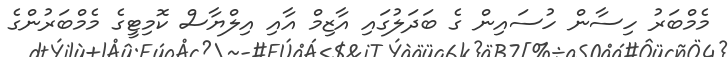
މެމްބަރު ހިސާން ހުސައިން ގެ ބަދަލުގައި އާޒިމް އާއި އިލްޔާސް ކޮމިޓީގެ މެމްބަރުންގެ